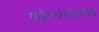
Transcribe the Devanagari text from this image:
एकेश्वरवादथा